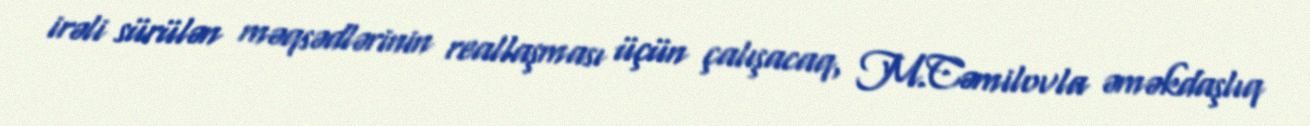
irəli sürülən məqsədlərinin reallaşması üçün çalışacaq, M.Cəmilovla əməkdaşlıq